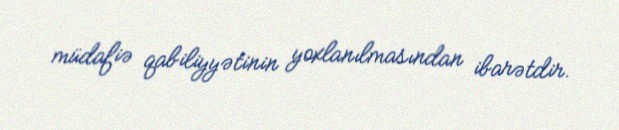
müdafiə qabiliyyətinin yoxlanılmasından ibarətdir.